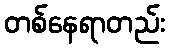
တစ်နေရာတည်း